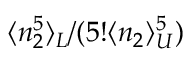
\langle n _ { 2 } ^ { 5 } \rangle _ { L } / ( 5 ! \langle n _ { 2 } \rangle _ { U } ^ { 5 } )